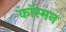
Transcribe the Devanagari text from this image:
कॉस्मन